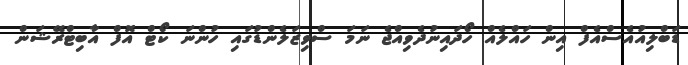
ޑަބްލިއުއެސްއެފް އިން ހައްލެއް ހޯދައިނުދެވިއްޖެ ނަމަ ސްވިޒަލެންޑުގައި ހުންނަ ކޯޓް އޮފް އާބިޓްރޭޝަން